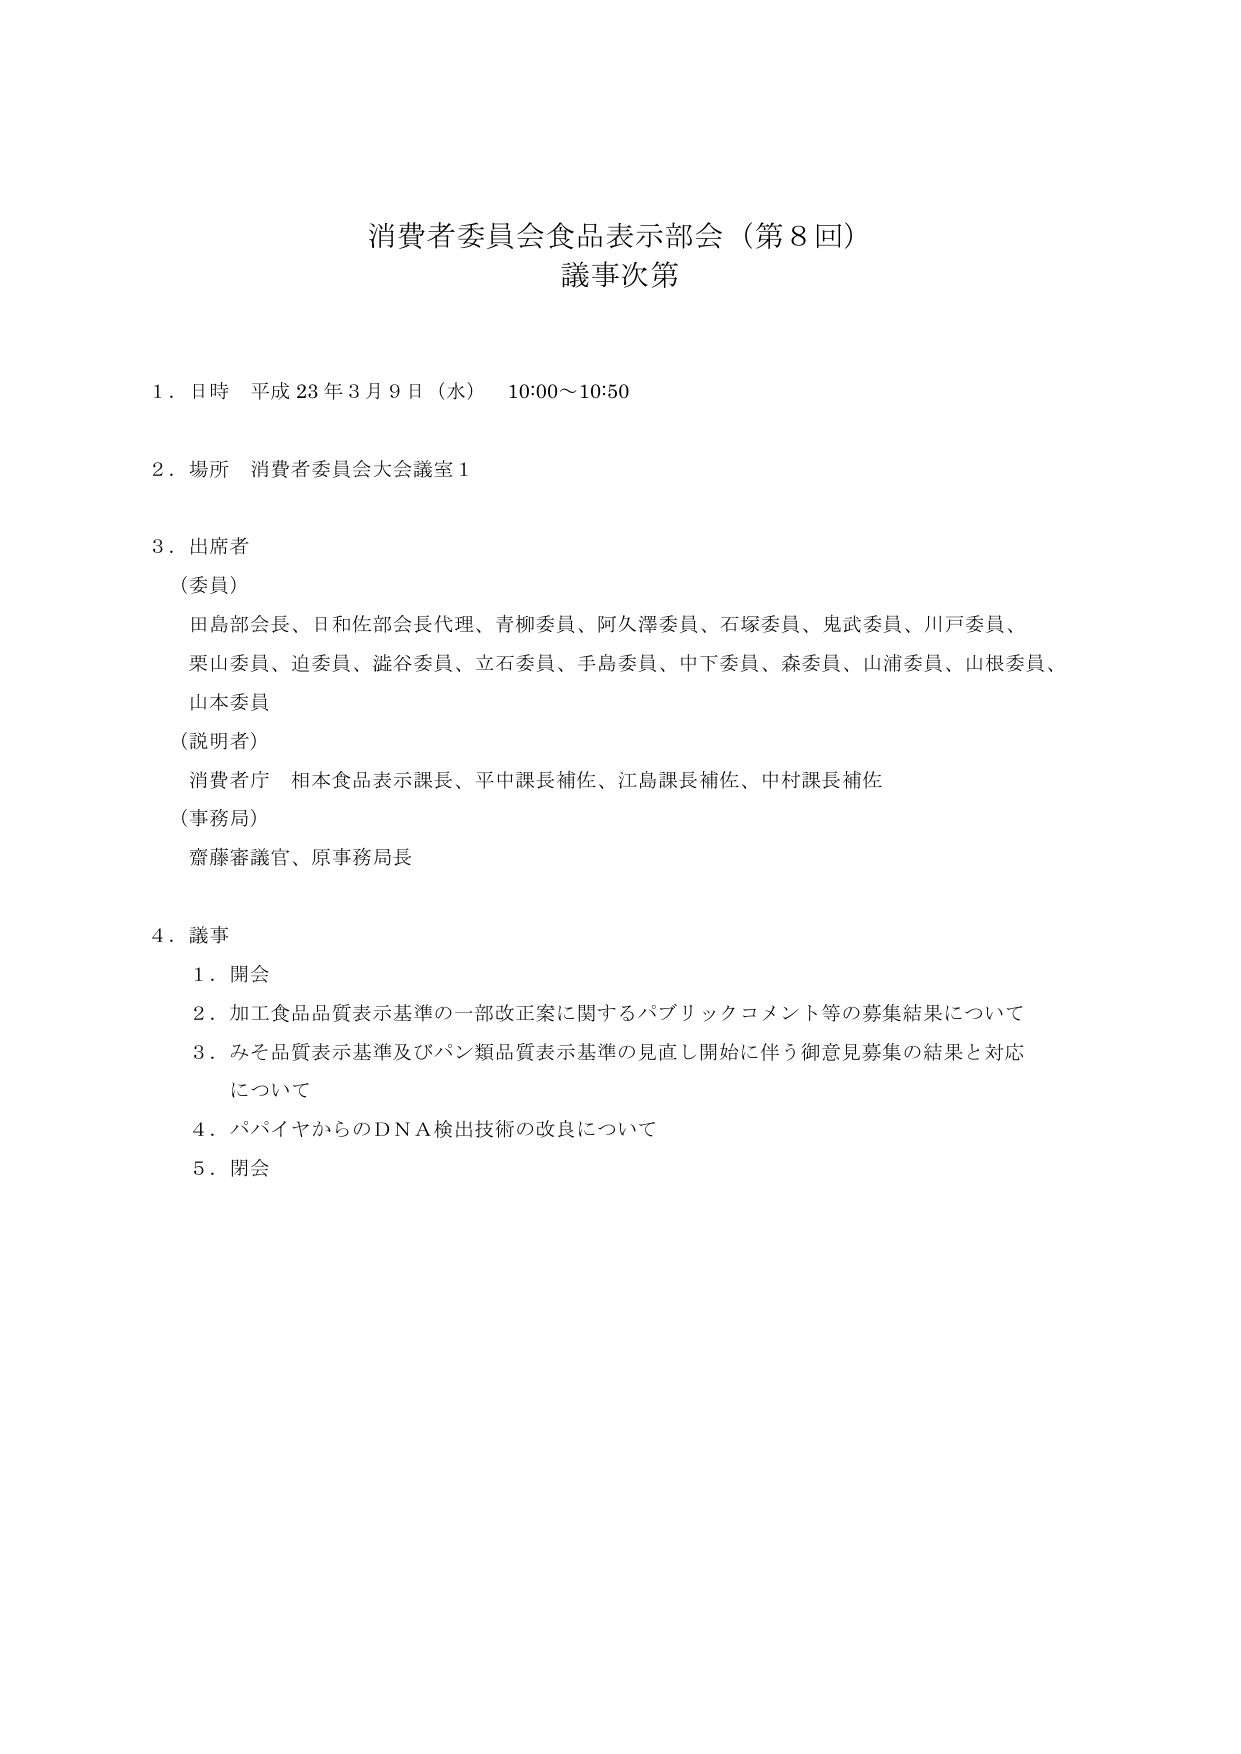
消費者委員会食品表示部会（第８回）
議事次第

１．日時 平成23年3月9日（水） 10:00～10:50

２．場所 消費者委員会大会議室１

３．出席者
（委員）
田島部会長、日和佐部会長代理、青柳委員、阿久澤委員、石塚委員、鬼武委員、川戸委員、
栗山委員、迫委員、澁谷委員、立石委員、手島委員、中下委員、森委員、山浦委員、山根委員、
山本委員
（説明者）
消費者庁 相本食品表示課長、平中課長補佐、江島課長補佐、中村課長補佐
（事務局）
齋藤審議官、原事務局長

４．議事
１．開会
２．加工食品品質表示基準の一部改正案に関するパブリックコメント等の募集結果について
３．みそ品質表示基準及びパン類品質表示基準の見直し開始に伴う御意見募集の結果と対応について
４．パパイヤからのＤＮＡ検出技術の改良について
５．閉会